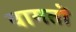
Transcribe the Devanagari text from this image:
वामतॊ